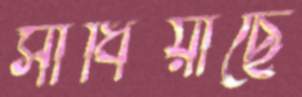
সাধিয়াছে